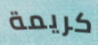
كريمة